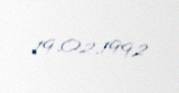
19.02.1992